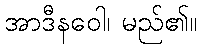
အာဒီနဝေါ၊ မည်၏။